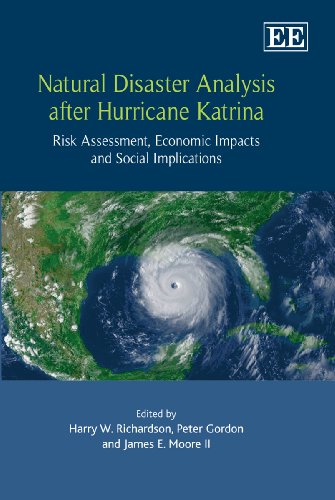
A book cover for Natural Disaster Analysis after Hurricane Katrina: Risk Assessment, Economic Impacts and Social Implications; Harry W. Richardson; Business & Money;